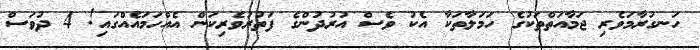
ހަނގުރާމަވެރި ޖަމާއަތްތަކުގެ ހަމަލާތަކާ އެކު ވެސް އުރުދުންގެ ފަތުރުވެރިކަން އެއްހަމައެއްގައި! 4 ދުވަސް